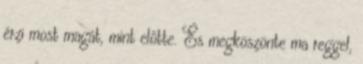
érzi most magát, mint előtte. És megköszönte ma reggel,